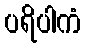
ပရိပါကံ